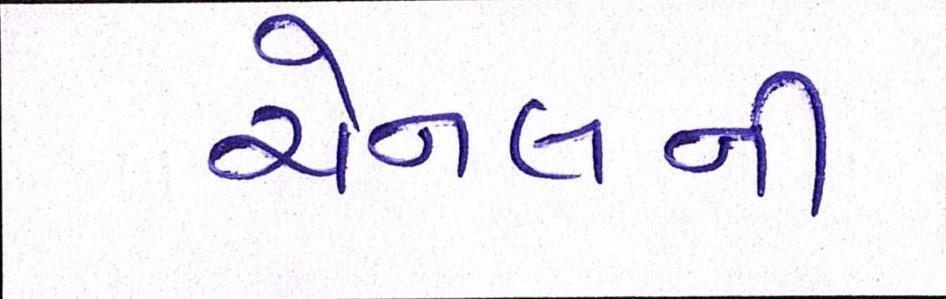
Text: ચેનલની